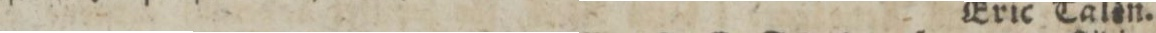
Eric Talén.